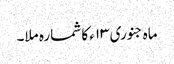
ماہ جنوری ۱۳ء کا شمارہ ملا۔